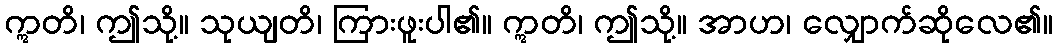
ဣတိ၊ ဤသို့။ သုယျတိ၊ ကြားဖူးပါ၏။ ဣတိ၊ ဤသို့။ အာဟ၊ လျှောက်ဆိုလေ၏။